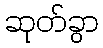
ဆုတ်ခွာ